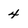
Character: 4